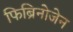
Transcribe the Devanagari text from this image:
फिब्रिनोजेन